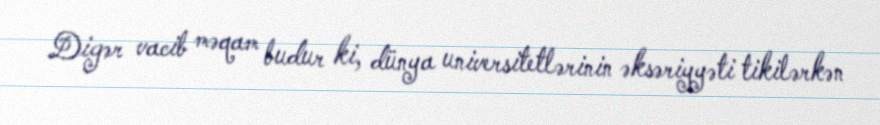
Digər vacib məqam budur ki, dünya universitetlərinin əksəriyyəti tikilərkən